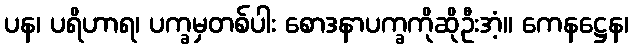
ပန၊ ပရိဟာရ၊ ပက္ခမှတစ်ပါး စောဒနာပက္ခကိုဆိုဦးအံ့။ ကေနဋ္ဌေန၊